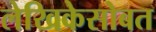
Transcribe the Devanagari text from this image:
लेखिकेसोबत